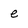
Character: e